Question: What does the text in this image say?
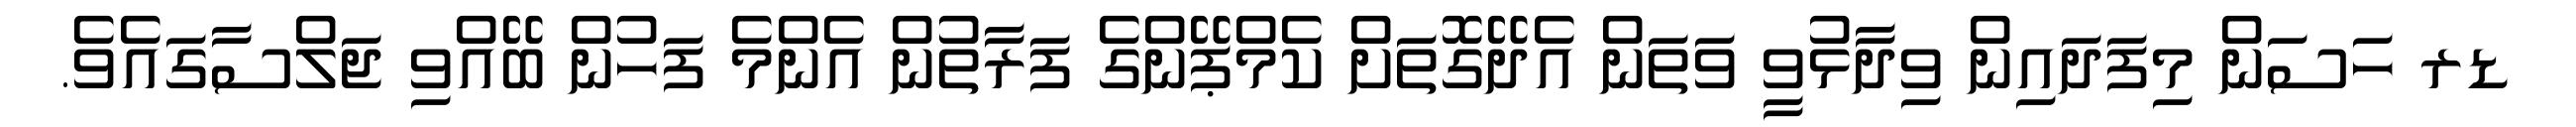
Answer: ޑރ ހަސަން މިފަދައިން ވިދާޅުވީ ވަތަން އެދޭގޮތަށް ކެމްޕޭންގެ ފަރާތުން އެންމެ ފަހުން ބޭއްވި ޖަލްސާގައެވެ.